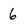
Character: 6